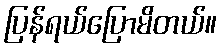
ပြန်ရယ်ပြောမိတယ်။